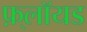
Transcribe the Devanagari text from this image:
फ़्लॉयड